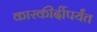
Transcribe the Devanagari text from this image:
कारकीर्दीपर्यंत